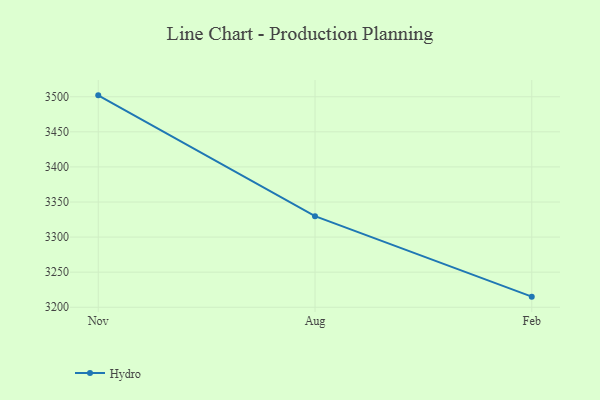
{"axis": {"x": "Month", "y": "Page Views"}, "legend": ["Hydro"], "data": [{"x": "Nov", "y": 3502.0, "type": "Hydro"}, {"x": "Aug", "y": 3329.8, "type": "Hydro"}, {"x": "Feb", "y": 3215.1, "type": "Hydro"}]}